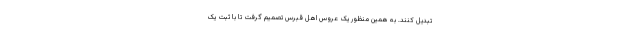
تبدیل کنند. به همین منظور یک عروس اهل قبرس تصمیم گرفت تا با ثبت یک